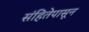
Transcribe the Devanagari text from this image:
संहितेपासून